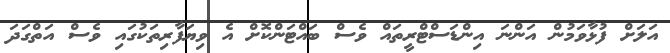
އަލަށް ފުޅާވަމުން އަންނަ އިންޑަސްޓްރީތައް ވެސް ބައްޓަންކޮށް އެ ވިޔަފާރިތަކުގައި ވެސް އަތްގަދަ